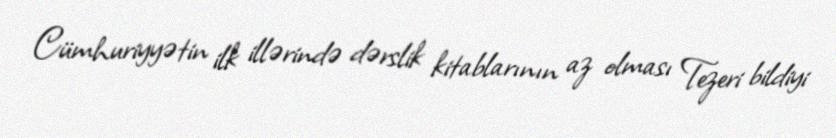
Cümhuriyyətin ilk illərində dərslik kitablarının az olması Tezeri bildiyi